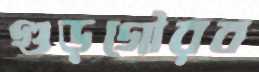
গুড়গৌরব